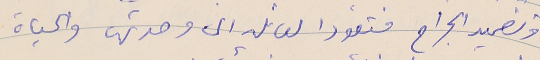
وتضميد الجراح فتعود العائله الى وحدتها والحياة